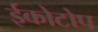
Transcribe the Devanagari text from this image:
ईकोटोप